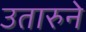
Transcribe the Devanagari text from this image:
उतारुने